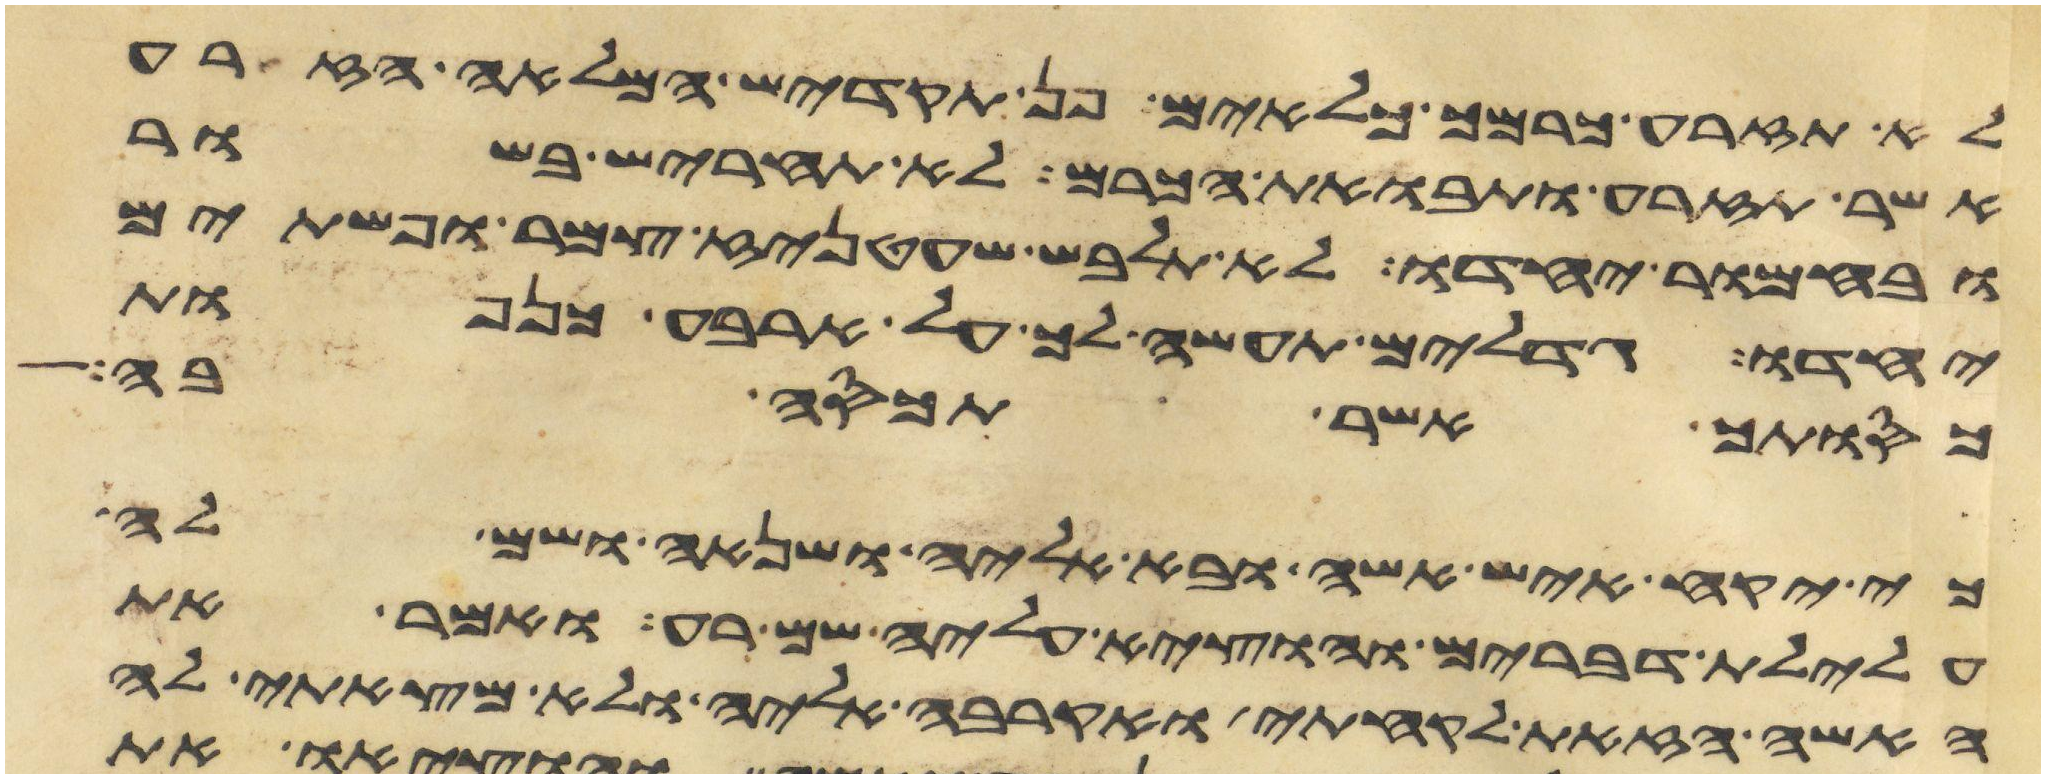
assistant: לא תזרע כרמך כלאים פן תקדיש המלאה הזרע
אשר תזרע ותבואת הכרם לא תחריש בשור
ובחמור יחדו לא תלבש שעטניז צמר ופשתים
יחדו גדלים תעשה לך על ארבע כנפות
כסותך אשר תכסה בה
כי יקח איש אשה ובא אליה ושנאה ושם לה
עלילת דברים והוציא עליה שם רע ואמר את
האשה הזאת לקחתי ואקרבה אליה ולא מצאתי לה